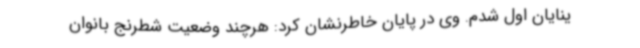
ینایان اول شدم. وی در پایان خاطرنشان کرد: هرچند وضعیت شطرنج بانوان